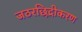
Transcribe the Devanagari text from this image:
जठरछिद्रीकरण